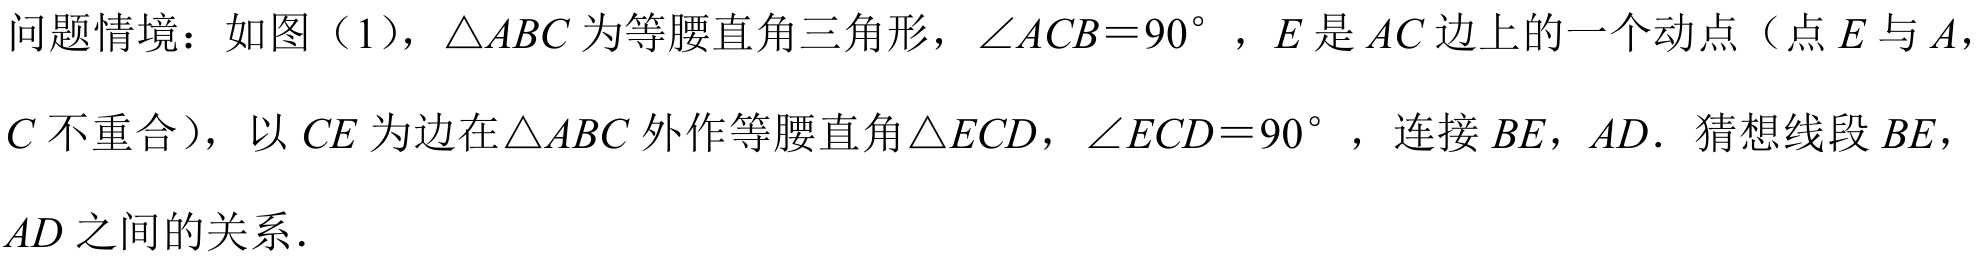
问题情境：如图（1），\(\triangle ABC\) 为等腰直角三角形，\(\angle ACB = 90^{\circ}\)，\(E\) 是 \(AC\) 边上的一个动点（点 \(E\) 与 \(A\)，
\(C\) 不重合），以 \(CE\) 为边在 \(\triangle ABC\) 外作等腰直角 \(\triangle ECD\)，\(\angle ECD = 90^{\circ}\)，连接 \(BE\)，\(AD\). 猜想线段 \(BE\)，
\(AD\) 之间的关系.